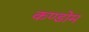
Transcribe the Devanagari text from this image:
कण्डोम